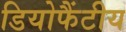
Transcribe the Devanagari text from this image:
डियोफैंटीय